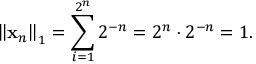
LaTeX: \left\Vert \mathbf { x } _ { n } \right\Vert _ { 1 } = \sum _ { i = 1 } ^ { 2 ^ { n } } 2 ^ { - n } = 2 ^ { n } \cdot 2 ^ { - n } = 1 .